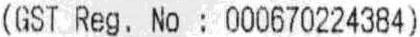
(GST REG. NO : 000670224384)